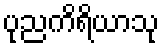
ပုညကိရိယာသု